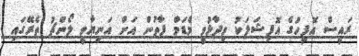
ރައީސް އޮފީހުގެ އޮފިޝަލަކު ވިދާޅުވީ މެޑަމް ފާތުން އަށް އަނިޔާވީ ލޯންޗު ތެރޭގައި